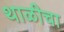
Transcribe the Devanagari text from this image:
थाळीचा